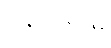
ဝန်ထမ်းမှ